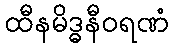
ထီနမိဒ္ဓနီဝရဏံ